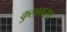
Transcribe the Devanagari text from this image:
कुलाभरण